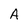
Character: A